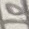
Text: 10